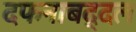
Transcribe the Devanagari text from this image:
दफनाबद्दल